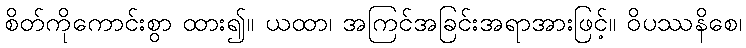
စိတ်ကိုကောင်းစွာ ထား၍။ ယထာ၊ အကြင်အခြင်းအရာအားဖြင့်။ ဝိပဿနိစေ၊